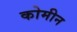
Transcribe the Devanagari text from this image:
कोमीन